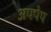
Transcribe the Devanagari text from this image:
अफ्पेप